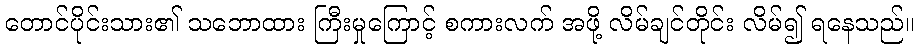
တောင်ပိုင်းသား၏ သဘောထား ကြီးမှုကြောင့် စကားလက် အဖို့ လိမ်ချင်တိုင်း လိမ်၍ ရနေသည်။